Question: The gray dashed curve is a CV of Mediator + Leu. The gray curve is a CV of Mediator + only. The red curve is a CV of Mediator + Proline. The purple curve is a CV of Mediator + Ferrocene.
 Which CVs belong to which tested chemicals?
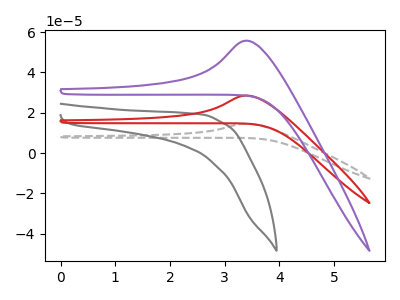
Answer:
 <answer>The gray dashed curve is labeled "Mediator + Leu". The gray curve is labeled "Mediator + only". The red curve is labeled "Mediator + Proline". The purple curve is labeled "Mediator + Ferrocene".</answer>
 <eval></eval>